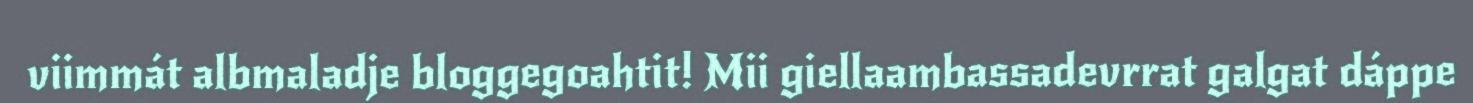
viimmát albmaladje bloggegoahtit! Mii giellaambassadevrrat galgat dáppe